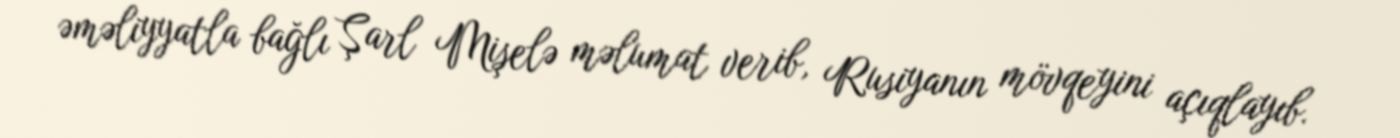
əməliyyatla bağlı Şarl Mişelə məlumat verib, Rusiyanın mövqeyini açıqlayıb.